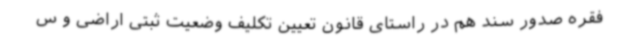
فقره صدور سند هم در راستای قانون تعیین تکلیف وضعیت ثبتی اراضی و س